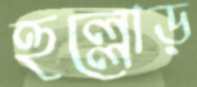
হুল্লোড়